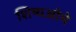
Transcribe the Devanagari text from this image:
शिष्यओमे